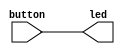
module hello_world(
    output led,
    input button
    );

    assign led = button;
endmodule